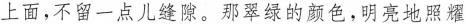
上面，不留一点儿缝隙。那翠绿的颜色，明亮地照耀